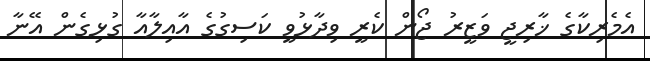
އެމެރިކާގެ ޚާރިޖީ ވަޒީރު ޖޯން ކެރީ ވިދާޅުވީ ކަސިގުގެ އާއިލާއާ ގުޅިގެން އޭނާ